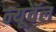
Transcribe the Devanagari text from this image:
न्यूवॅल